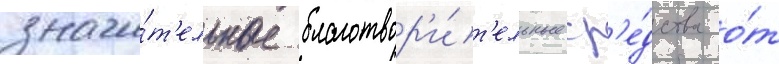
значи́т'ельные благотвор'и́т'ельные ср'е́дства о́т